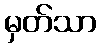
မှတ်သာ